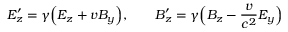
E _ { z } ^ { \prime } = \gamma \Big ( E _ { z } + v B _ { y } \Big ) , \qquad B _ { z } ^ { \prime } = \gamma \Big ( B _ { z } - \frac { v } { c ^ { 2 } } E _ { y } \Big )